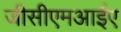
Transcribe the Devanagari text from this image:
जीसीएमआईए